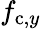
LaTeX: f_{\mathrm{c},y}